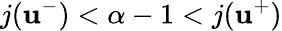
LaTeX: j(\mathbf{u}^{-})<\alpha-1<j(\mathbf{u}^{+})